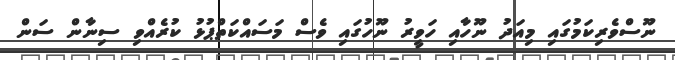
ނޫސްވެރިކަމުގައި މިއަދު ނޫހާއި ހަވީރު ނޫހުގައި ވެސް މަސައްކަތްޕުޅު ކުރެއްވި ސިނާން ސަން